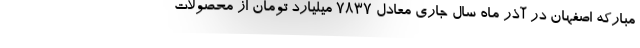
مبارکه اصفهان در آذر ماه سال جاری معادل ۷۸۳۷ میلیارد تومان از محصولات